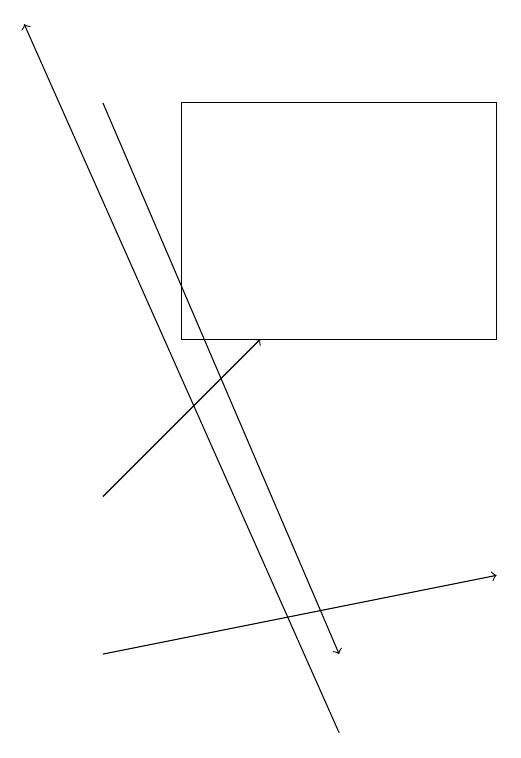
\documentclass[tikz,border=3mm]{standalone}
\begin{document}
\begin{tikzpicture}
\draw[->] (3,18) -- (6,11);
\draw[->] (3,13) -- (5,15);
\draw[->] (3,11) -- (8,12);
\draw[->] (6,10) -- (2,19);
\draw (4,15) rectangle (8,18);
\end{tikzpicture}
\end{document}